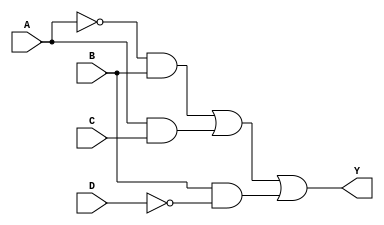
module sop_simplification (
    input wire A,  // Input A
    input wire B,  // Input B
    input wire C,  // Input C
    input wire D,  // Input D
    output wire Y  // Output Y
);

// Intermediate signals for product terms
wire p1, p2, p3, p4;

// Example simplified SOP expression: Y = A'B + AC + BD'
// This expression corresponds to the following minterms: m1, m2, m5, m6, m7

// Product term 1: A'B
assign p1 = ~A & B;

// Product term 2: AC
assign p2 = A & C;

// Product term 3: BD'
assign p3 = B & ~D;

// Combine product terms with OR gate to produce output Y
assign Y = p1 | p2 | p3;

endmodule